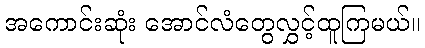
အကောင်းဆုံး အောင်လံတွေလွှင့်ထူကြမယ်။